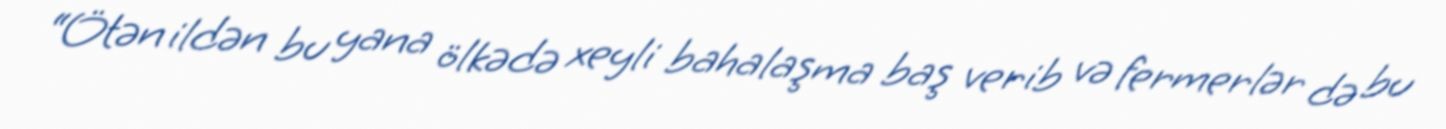
“Ötən ildən bu yana ölkədə xeyli bahalaşma baş verib və fermerlər də bu